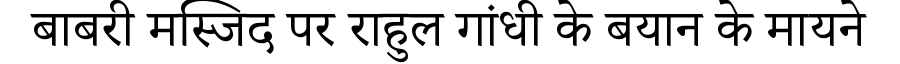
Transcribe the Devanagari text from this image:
बाबरी मस्जिद पर राहुल गांधी के बयान के मायने